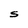
Character: S